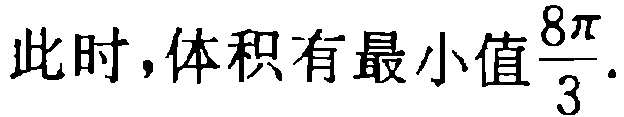
此时,体积有最小值$\frac{8\pi}{3}$.